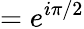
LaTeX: =e^{i\pi/2}